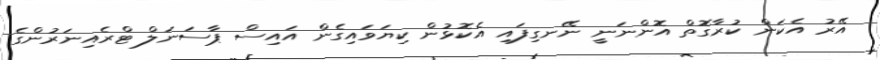
އޭރު އެކަން ކުރާގޮތް އޮންނަނީ ނޭނގިފައި އެކޮޅުން ކިޔަަވައިގެން އައިސް ޕާސަނަލް ޓްރެއިނަރުންގެ